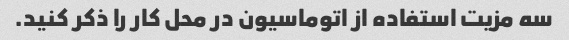
سه مزیت استفاده از اتوماسیون در محل کار را ذکر کنید.